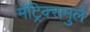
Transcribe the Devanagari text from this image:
मॅट्रिक्समुले